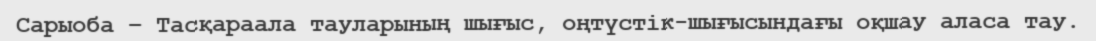
Сарыоба – Тасқараала тауларының шығыс, оңтүстік-шығысындағы оқшау аласа тау.